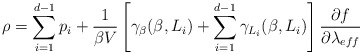
\begin{align*}\rho=\sum_{i=1}^{d-1}p_{i}+\frac{1}{\beta V}\left[ \gamma_{\beta}(\beta,L_{i})+ \sum_{i=1}^{d-1}\gamma_{L_{i}} (\beta,L_{i}) \right]\frac{\partial f}{\partial \lambda_{eff}}\end{align*}